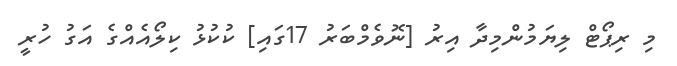
މި ރިޕޯޓް ލިޔަމުންމިދާ އިރު [ނޮވެމްބަރު 17ގައި] ކުކުޅު ކިލޯއެއްގެ އަގު ހުރީ